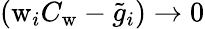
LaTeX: \left(\mathrm{w}_{i}C_{\mathrm{w}}-\tilde{g}_{i}\right)\rightarrow 0